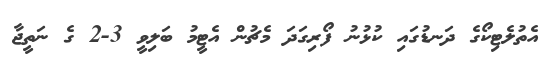
އެތުލެޓިކޯގެ ދަނޑުގައި ކުޅުނު ފޯރިގަދަ މެޗުން އެޓީމު ބަލިވީ 3-2 ގެ ނަތީޖާ